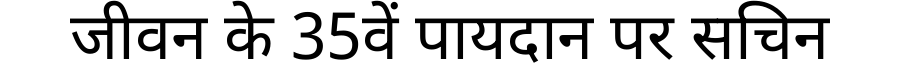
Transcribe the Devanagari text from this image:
जीवन के 35वें पायदान पर सचिन